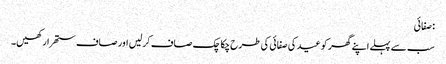
: صفائی
سب سے پہلے اپنے گھر کو عید کی صفائی کی طرح چکاچک صاف کرلیں اور صاف ستھرا رکھیں۔